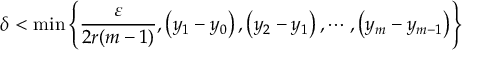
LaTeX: \delta < \operatorname* { m i n } \left\{ { \frac { \varepsilon } { 2 r ( m - 1 ) } } , \left( y _ { 1 } - y _ { 0 } \right) , \left( y _ { 2 } - y _ { 1 } \right) , \cdots , \left( y _ { m } - y _ { m - 1 } \right) \right\}